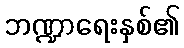
ဘဏ္ဍာရေးနှစ်၏